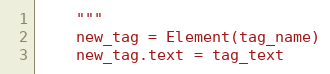
Language: Python
    """
    new_tag = Element(tag_name)
    new_tag.text = tag_text